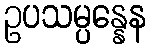
ဥပသမ္ပန္နေန